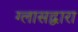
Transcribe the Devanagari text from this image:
ग्लासद्वारा